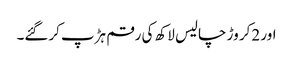
اور 2کر وڑ چالیس لاکھ کی رقم ہڑپ کرگئے۔